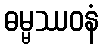
ဓမ္မဿဝနံ